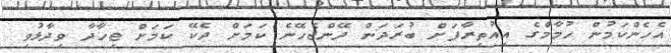
އެހެންކަމުން ހުމާމްގެ އިއުތިރާފަށް ބުރަދަން ދޭންޖެހޭނެ ކަމަށް ދެކޭ ކަމަށް ޖިހާދާ ވިދާޅުވި